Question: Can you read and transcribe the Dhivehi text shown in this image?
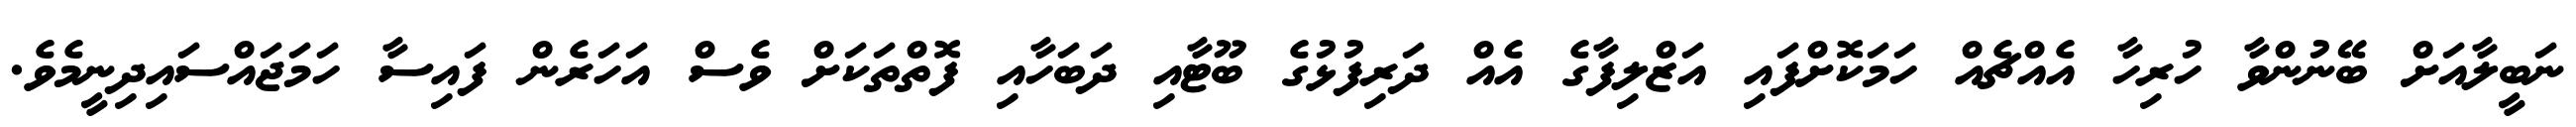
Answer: ނަބީލާއަށް ބޭނުންވާ ހުރިހާ އެއްޗެއް ހަމަކޮށްފައި އަޒްލިފާގެ އެއް ދަރިފުޅުގެ ބޫޓާއި ދަބަހާއި ފޮތްތަކަށް ވެސް އަހަރެން ފައިސާ ހަމަޖައްސައިދިނީމެވެ.